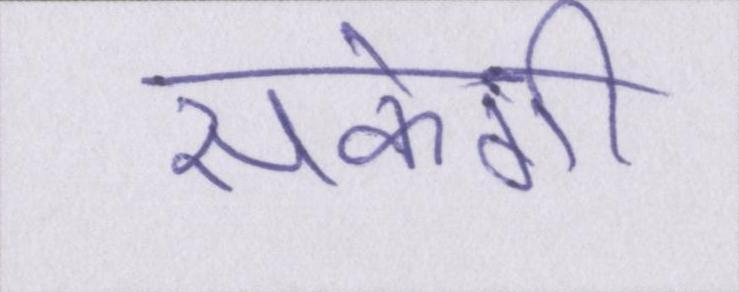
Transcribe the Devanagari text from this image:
सकेगी